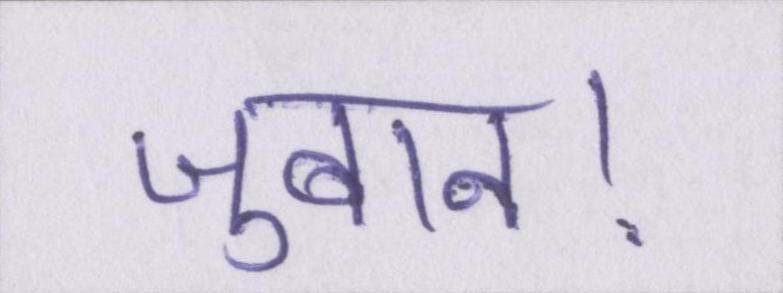
जुबान।